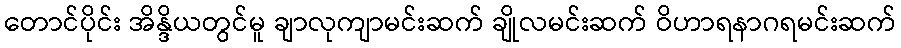
တောင်ပိုင်း အိန္ဒိယတွင်မူ ချာလုကျာမင်းဆက် ချိုလမင်းဆက် ဝိဟာရနာဂရမင်းဆက်